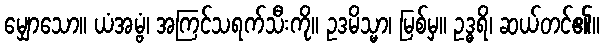
မျှောသော။ ယံအမ္ဗံ၊ အကြင်သရက်သီးကို။ ဥဒမိသ္မာ၊ မြစ်မှ။ ဥဒ္ဓရိ၊ ဆယ်တင်၏။